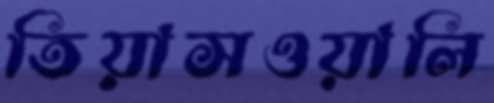
তিয়াসওয়ালি